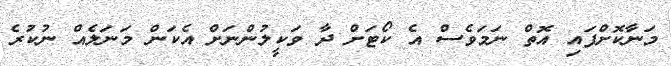
މަނާކޮށްފައި އޮތް ނަމަވެސް އެ ކޯޓަށް ދާ ވަކީލުންނަށް އެކަން މަނަލެއް ނުކުރެ